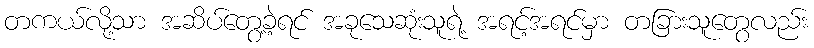
တကယ်လို့သာ အဆိပ်တွေ့ခဲ့ရင် အခုသေဆုံးသူရဲ့ အရင့်အရင်မှာ တခြားသူတွေလည်း